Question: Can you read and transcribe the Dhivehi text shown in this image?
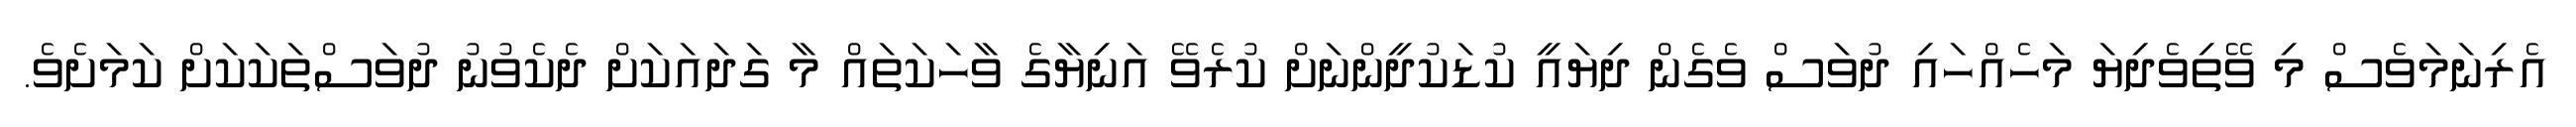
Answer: އެރިނަމަވެސް މި ވޭތިވެދިޔަ މަހެއްހައި ދުވަސް ވެގެން ދިޔައީ ކުޑަކުދީންނަށް ކުރެވޭ އަނިޔާގެ ވާހަކަތައް މާ ގަދައަކަށް ދެކެވުނު ދުވަސްތަކަކަށް ކަމަށެވެ.